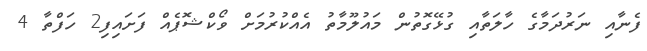
ފެނާއި ނަރުދަމާގެ ހާލަތާއި ގުޅޭގޮތުން މައުލޫމާތު އެއްކުރުމަށް ވޯކްޝޮޕެއް ފަށައިފި2 ހަފްތާ 4